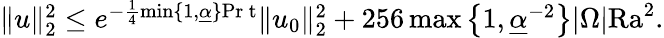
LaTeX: \begin{array}{r}{\| u\| _{2}^{2}\leq e^{-\frac{1}{4}\operatorname*{min}\lbrace 1,\underline{{\alpha}}\rbrace\mathrm{{Pr}\phantom{.}t}}\| u_{0}\| _{2}^{2}+256\operatorname*{max}\left\lbrace 1,\underline{{\alpha}}^{-2}\right\rbrace|\Omega|\mathrm{{Ra}}^{2}.}\end{array}